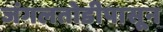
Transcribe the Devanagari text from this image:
जंगलतोडीपासून